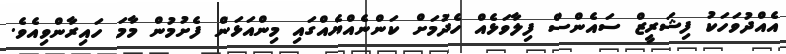
އެއްދުވަހަކު ފިޝަރީޒް ސައެންސް ފިލާވަޅެއް ހެދުމަށް ކަންނެއްޔެއްގައި މިންއަޅަން ފެށުމުން މާމަ ހައިރާންވިއެވެ.